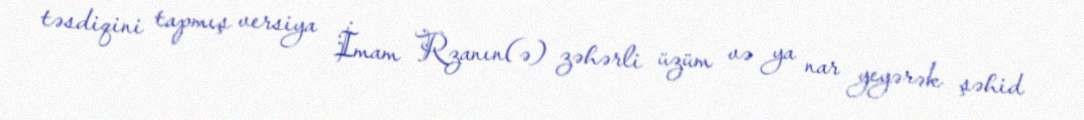
təsdiqini tapmış versiya İmam Rzanın(ə) zəhərli üzüm və ya nar yeyərək şəhid